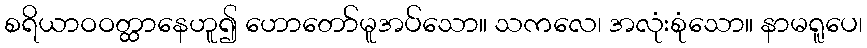
စရိယာဝဝတ္ထာနေဟူ၍ ဟောတော်မူအပ်သော။ သကလေ၊ အလုံးစုံသော။ နာမရူပေ၊